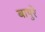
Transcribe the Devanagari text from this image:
बापुरे